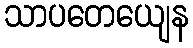
သာပတေယျေန